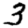
Digit: 3